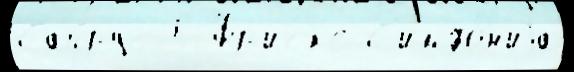
Сайрус 5 Фр'иск'е С'имфо́н'иjа